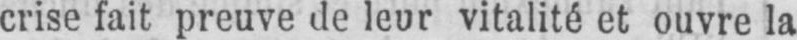
crise fait preuve de leur vitalité et ouvre la